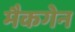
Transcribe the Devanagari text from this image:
मैकगेन